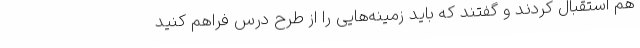
هم استقبال کردند و گفتند که باید زمینه‌هایی را از طرح درس فراهم کنید